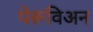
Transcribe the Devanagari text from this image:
पेरूविअन